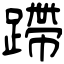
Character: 蹛